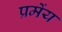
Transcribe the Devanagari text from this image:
प्रमेंय